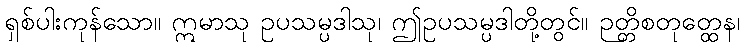
ရှစ်ပါးကုန်သော။ ဣမာသု ဥပသမ္ပဒါသု၊ ဤဥပသမ္ပဒါတို့တွင်။ ဉတ္တိစတုတ္ထေန၊